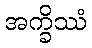
အက္ခိဿံ